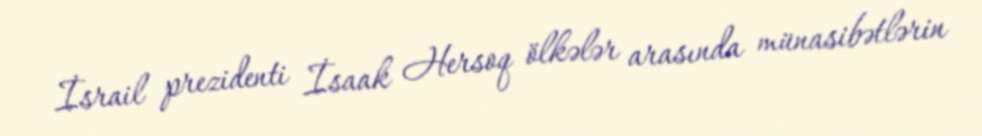
İsrail prezidenti İsaak Hersoq ölkələr arasında münasibətlərin